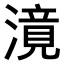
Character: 𣽾